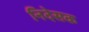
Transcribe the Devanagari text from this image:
निदेसक